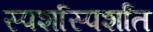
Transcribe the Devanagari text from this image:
स्पर्शास्पर्शांत